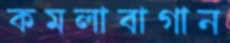
কমলাবাগান